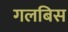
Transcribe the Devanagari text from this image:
गलबिस